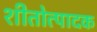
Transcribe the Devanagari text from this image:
शीतोत्पादक